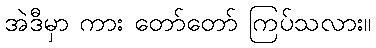
အဲဒီမှာ ကား တော်တော် ကြပ်သလား။